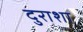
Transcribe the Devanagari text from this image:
दुराशा